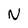
Character: N